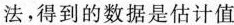
法，得到的数据是估计值